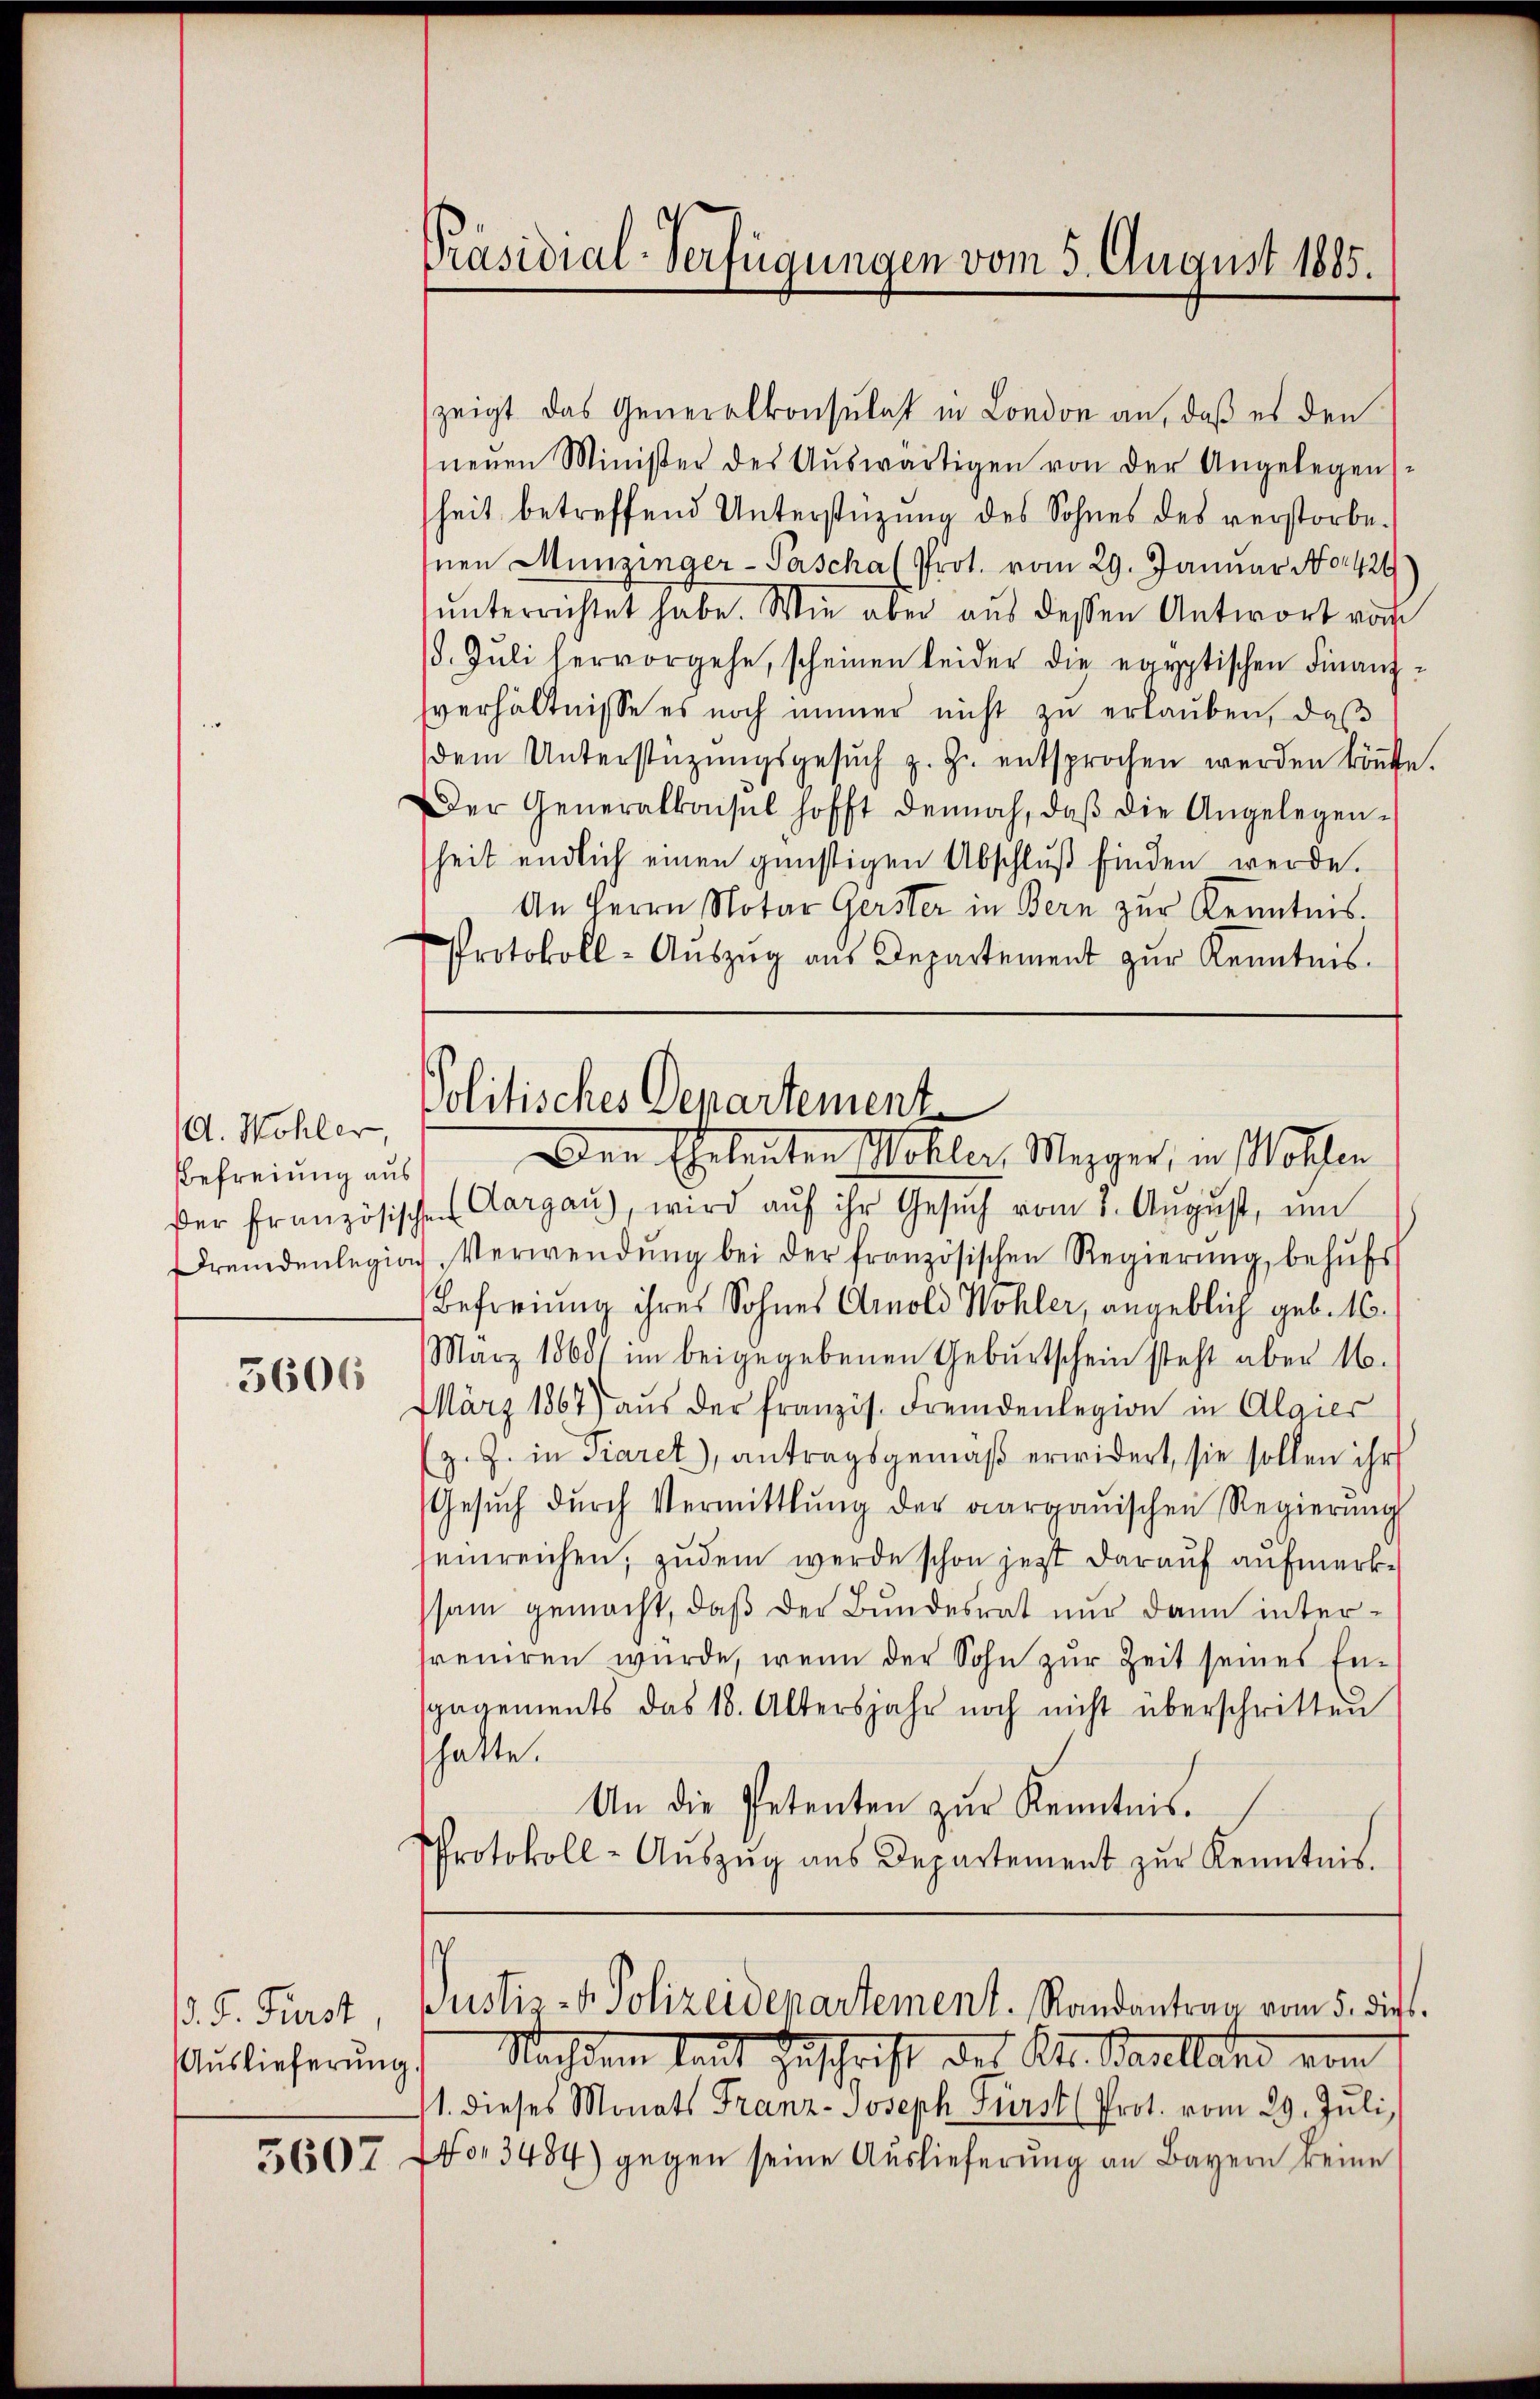
A. Wohler,
Befreiung aus
Der französisch
Fremdenlegion

5606

. F. Fürst
Auslieferung

5607

Präsidial-Verfügungen vom 5. August 1885.

zeigt das Generalkonsulat in London an, daß es den
neŭen Minister des Aŭswärtigen von der Angelegens-
heit betreffend Unterstüzung des Sohnes des verstorbe¬
Inen Münzinger-Pascha (Prot. vom 29. Januar No 424
ŭnterrichtet habe. Wie aber aŭs dessen Antwort vom
. Jŭli hervorgehe, scheinen leider die egyptischen Finanzsverhältnisse es noch immer nicht zŭ erlaŭben, daβ
dem Unterstützŭngsgesŭch z. Z. entsprochen werden köṅte.
Der Generalkonsul hofft dennoch, daβ die Angelegen-
heit endlich einen günstigen Abschluß finden werde.
An Herrn Notar Gerster in Bern zur Kenntnis.
Protokoll-Aŭszŭg aŭs Departement zŭr Kenntnis.

Politisches Departement
Den Eheleuten Wohler, Mezger, in Wolfen

ae Aargau, wird aŭf ihr Gesŭch vom 2. August, um
.Verwendŭng bei der französischen Regierŭng behŭfs
Befreiung ihres Sohnes Arnold Wohler, angeblich geb. 16.
März 1868) im beigegebenen Gebŭrtschein steht aber 16.
März 1867 aŭs der französ. Fremdenlegion in Algier
z. Z. in Paret, antragsgemäß erwidert, sie sollen ihr
Gesŭch dŭrch Vermittlung der aargauischen Regierŭng
seinreichen, zudem werde schon jetzt darauf aufmerkssam gemacht, daß der Bundesrat nur dann interfreniren wurde, wenn der Sohn zur Zeit seines Engagements das 18. Altersjahr noch nicht überschritten
hatte.
An die Petenten zŭr Kenntnis.
PProtokoll-Aŭszŭg aŭs Departement zŭr Kenntnis.
Justiz- & Polizeidepartement. Randantrag vom 5. die
Nachdem laut Zuschrift des Kt. Baselland vom
1. dieses Monats Franz-Joseph Fürst (Prot. vom 29. Jŭli
No 3484) gegen seine Auslieferung an Bayern keine

¬